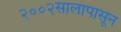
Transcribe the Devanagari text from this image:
२००२सालापासून